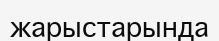
жарыстарында